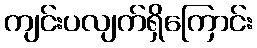
ကျင်းပလျက်ရှိကြောင်း